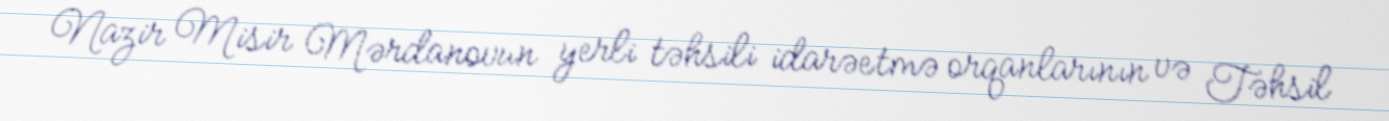
Nazir Misir Mərdanovun yerli təhsili idarəetmə orqanlarının və Təhsil